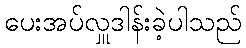
ပေးအပ်လှူဒါန်းခဲ့ပါသည်